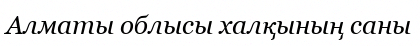
Алматы облысы халқының саны